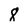
Character: 8